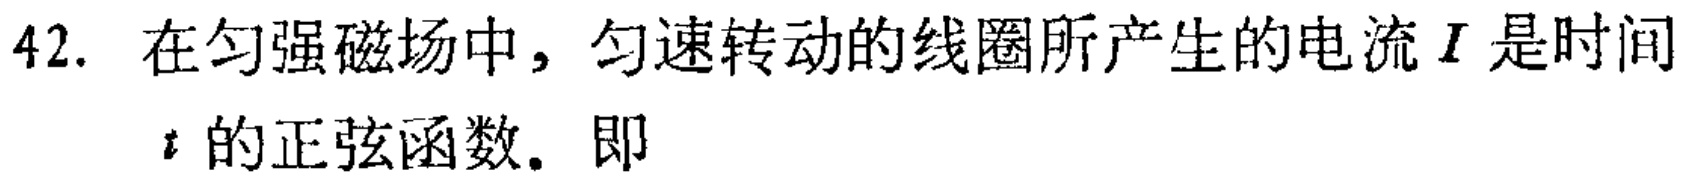
42. 在匀强磁场中，匀速转动的线圈所产生的电流\(I\)是时间\(t\)的正弦函数. 即